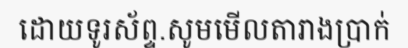
ដោយទូរស័ព្ទ.សូមមើលតារាងប្រាក់